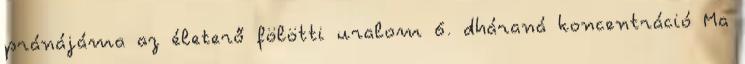
pránájáma az életerő fölötti uralom 6. dháraná koncentráció Ma